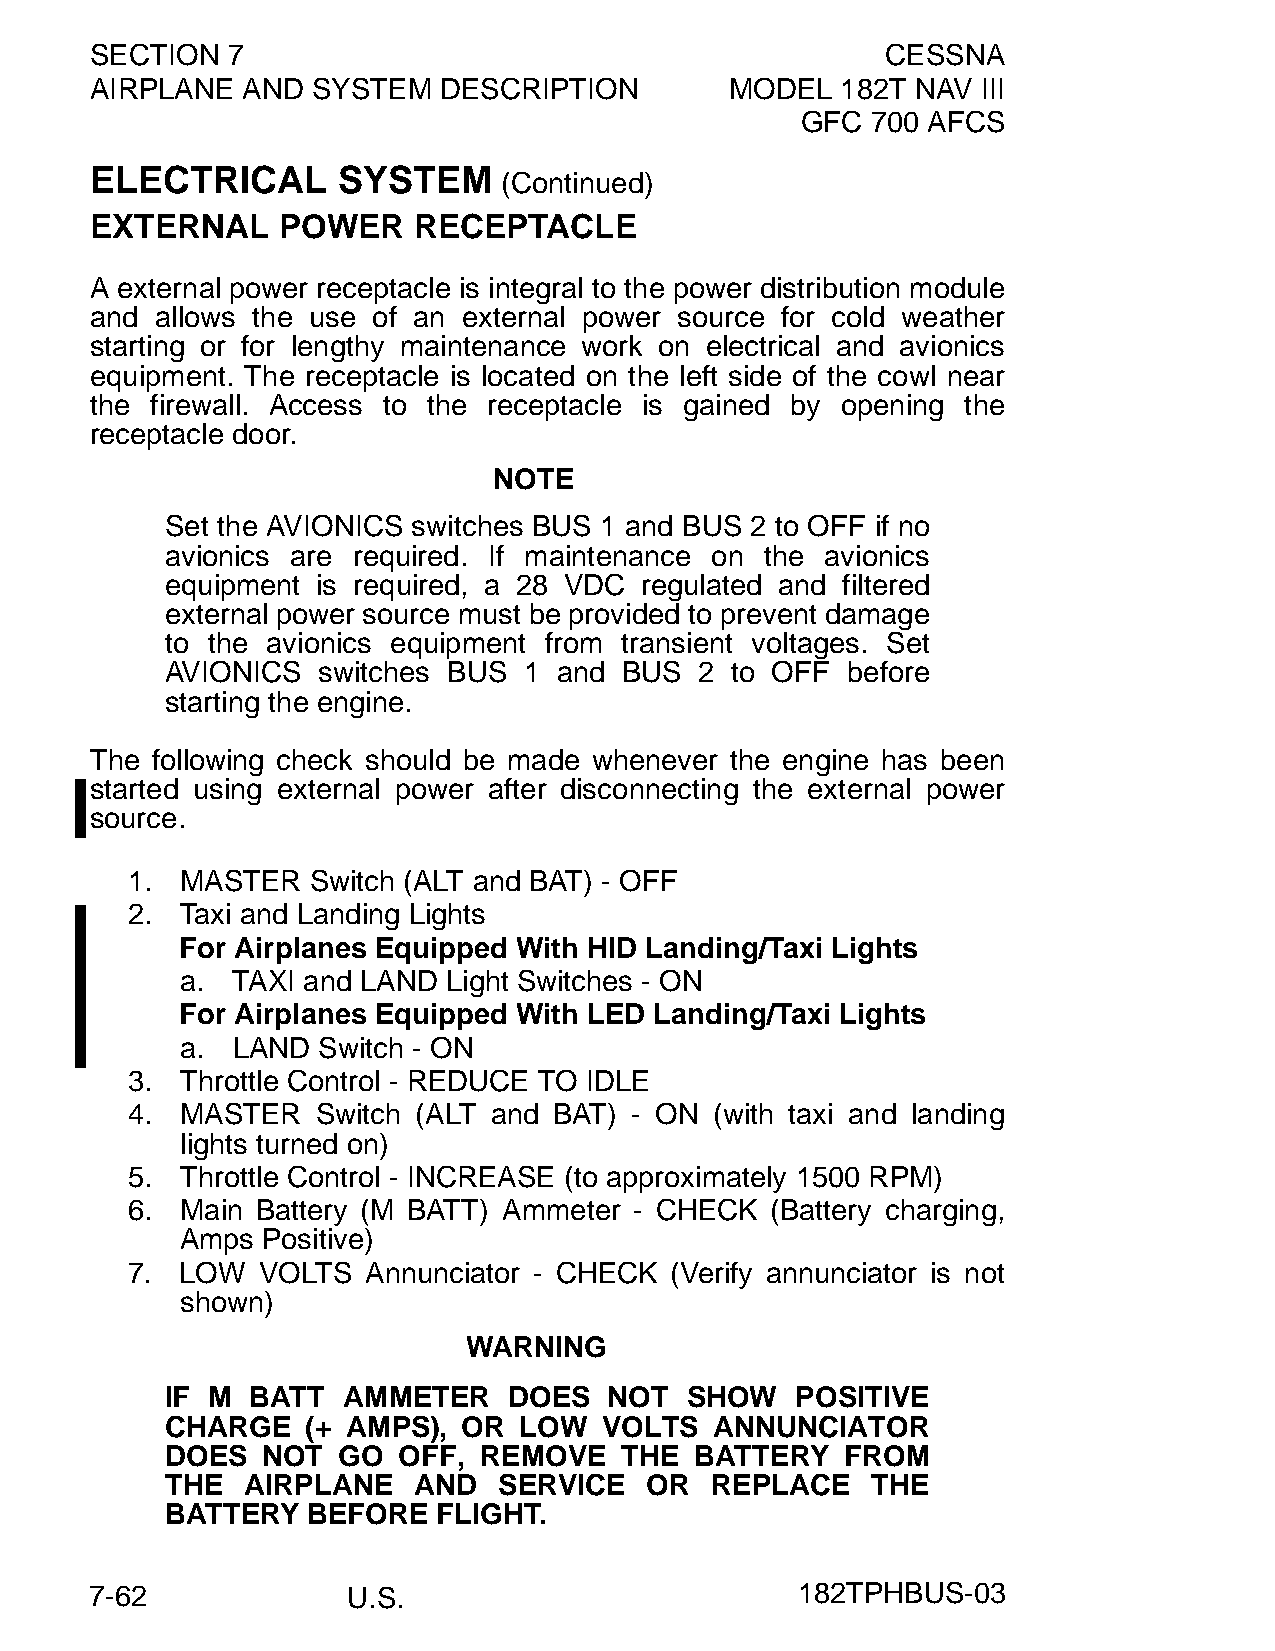
SECTION  7                                           CESSNA
 AIRPLANE  AND  SYSTEM  DESCRIPTION        MODEL   182T NAV III
 GFC  700 AFCS
 ELECTRICAL      SYSTEM
 (Continued)
 EXTERNAL    POWER    RECEPTACLE
 A external power receptacle is integral to the power distribution module
 and allows the use of an external power source for cold weather
 starting or for lengthy maintenance work on electrical and avionics
 equipment. The receptacle is located on the left side of the cowl near
 the firewall. Access to the receptacle is gained by opening the
 receptacle door.
 NOTE
 Set the AVIONICS switches BUS 1 and BUS 2 to OFF if no
 avionics are required. If maintenance on the avionics
 equipment is required, a 28 VDC regulated and filtered
 external power source must be provided to prevent damage
 to the avionics equipment from transient voltages. Set
 AVIONICS  switches BUS  1 and BUS  2 to OFF  before
 starting the engine.
 The following check should be made whenever the engine has been
 started using external power after disconnecting the external power
 source.
 1.  MASTER  Switch (ALT and BAT) - OFF
 2.  Taxi and Landing Lights
 For Airplanes Equipped With HID Landing/Taxi Lights
 a. TAXI and LAND  Light Switches - ON
 For Airplanes Equipped With LED Landing/Taxi Lights
 a. LAND  Switch - ON
 3.  Throttle Control - REDUCE TO IDLE
 4.  MASTER   Switch (ALT and BAT) - ON (with taxi and landing
 lights turned on)
 5.  Throttle Control - INCREASE (to approximately 1500 RPM)
 6.  Main Battery (M BATT) Ammeter - CHECK  (Battery charging,
 Amps Positive)
 7.  LOW  VOLTS  Annunciator - CHECK (Verify annunciator is not
 shown)
 WARNING
 IF M  BATT  AMMETER    DOES  NOT   SHOW   POSITIVE
 CHARGE   (+ AMPS),  OR LOW   VOLTS  ANNUNCIATOR
 DOES  NOT  GO  OFF,  REMOVE   THE  BATTERY   FROM
 THE  AIRPLANE   AND   SERVICE   OR  REPLACE    THE
 BATTERY  BEFORE   FLIGHT.
 7-62             U.S.                          182TPHBUS-03